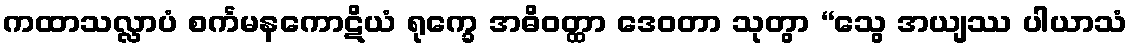
ကထာသလ္လာပံ စင်္ကမနကောဋိယံ ရုက္ခေ အဓိဝတ္ထာ ဒေဝတာ သုတွာ “သွေ အယျဿ ပါယာသံ